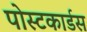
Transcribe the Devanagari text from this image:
पोस्टकार्डस